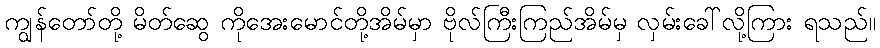
ကျွန်တော်တို့ မိတ်ဆွေ ကိုအေးမောင်တို့အိမ်မှာ ဗိုလ်ကြီးကြည်အိမ်မှ လှမ်းခေါ်လို့ကြား ရသည်။